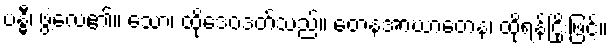
ဗန္ဓီ၊ ဖွဲ့လေ၏။ သော၊ ထိုဒေဝဒတ်သည်။ တေနအာဃာတေန၊ ထိုရန်ငြိုးဖြင့်။